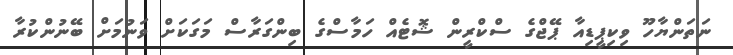
ނަތަންޔާހޫ ވިކިޕީޑިއާ ޕޭޖްގެ ސްކްރީން ޝޮޓެއް ހަމާސްގެ ބިންގަރާސް މަގަކަށް ވަނުމަށް ބޭނުންކުރާ